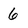
Character: 6